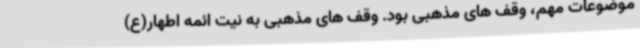
موضوعات مهم، وقف های مذهبی بود. وقف های مذهبی به نیت ائمه اطهار(ع)